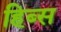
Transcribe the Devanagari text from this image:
हिब्स